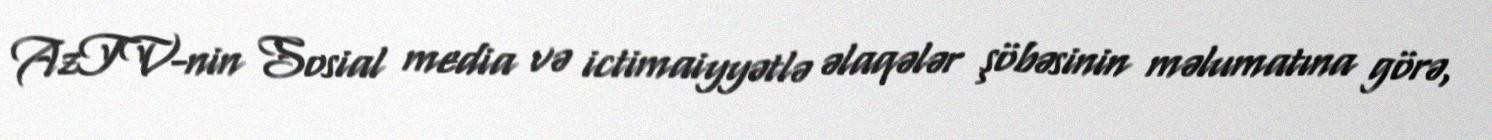
AzTV-nin Sosial media və ictimaiyyətlə əlaqələr şöbəsinin məlumatına görə,